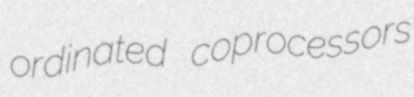
ordinated coprocessors